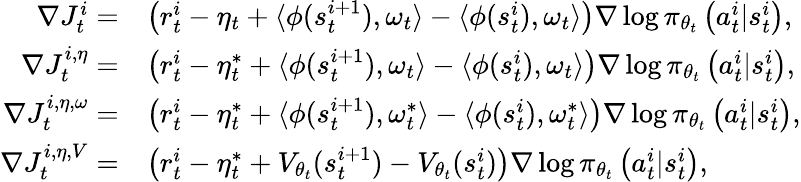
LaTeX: \begin{array}{rl}{\nabla J_{t}^{i}=}&{\left(r_{t}^{i}-\eta_{t}+\langle\phi(s_{t}^{i+1}),\omega_{t}\rangle-\langle\phi(s_{t}^{i}),\omega_{t}\rangle\right)\nabla\log\pi_{\theta_{t}}\left(a_{t}^{i}|s_{t}^{i}\right),}\\ {\nabla J_{t}^{i,\eta}=}&{\left(r_{t}^{i}-\eta_{t}^{*}+\langle\phi(s_{t}^{i+1}),\omega_{t}\rangle-\langle\phi(s_{t}^{i}),\omega_{t}\rangle\right)\nabla\log\pi_{\theta_{t}}\left(a_{t}^{i}|s_{t}^{i}\right),}\\ {\nabla J_{t}^{i,\eta,\omega}=}&{\left(r_{t}^{i}-\eta_{t}^{*}+\langle\phi(s_{t}^{i+1}),\omega_{t}^{*}\rangle-\langle\phi(s_{t}^{i}),\omega_{t}^{*}\rangle\right)\nabla\log\pi_{\theta_{t}}\left(a_{t}^{i}|s_{t}^{i}\right),}\\ {\nabla J_{t}^{i,\eta,V}=}&{\left(r_{t}^{i}-\eta_{t}^{*}+V_{\theta_{t}}(s_{t}^{i+1})-V_{\theta_{t}}(s_{t}^{i})\right)\nabla\log\pi_{\theta_{t}}\left(a_{t}^{i}|s_{t}^{i}\right),}\end{array}